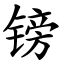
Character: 镑